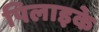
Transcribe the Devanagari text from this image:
पिलाइके